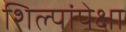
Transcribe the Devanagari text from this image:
शिल्पांपेक्षा